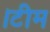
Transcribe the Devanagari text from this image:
।टीम